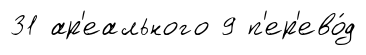
31 ар'еального 9 п'ер'ево́д